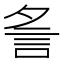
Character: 𧥧